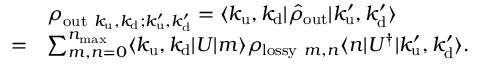
\begin{array} { r l } & { \rho _ { \mathrm { o u t } ~ k _ { \mathrm { u } } , k _ { \mathrm { d } } ; k _ { \mathrm { u } } ^ { \prime } , k _ { \mathrm { d } } ^ { \prime } } = \langle k _ { \mathrm { u } } , k _ { \mathrm { d } } \vert \hat { \rho } _ { \mathrm { o u t } } \vert k _ { \mathrm { u } } ^ { \prime } , k _ { \mathrm { d } } ^ { \prime } \rangle } \\ { = } & { \sum _ { m , n = 0 } ^ { n _ { \mathrm { m a x } } } \langle k _ { \mathrm { u } } , k _ { \mathrm { d } } \vert U \vert m \rangle \rho _ { \mathrm { l o s s y } ~ m , n } \langle n \vert U ^ { \dag } \vert k _ { \mathrm { u } } ^ { \prime } , k _ { \mathrm { d } } ^ { \prime } \rangle . } \end{array}